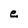
Character: e